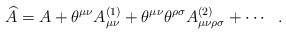
\begin{align*}\widehat{A}=A+\theta^{\mu\nu}A^{(1)}_{\mu\nu}+\theta^{\mu\nu}\theta^{\rho\sigma}A^{(2)}_{\mu\nu\rho\sigma}+\cdots \ \ .\end{align*}